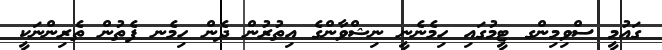
ގައުމީ ސްވިމިންގ ޓީމުގައި ހިމެނެނީ ނިޝްވާންގެ އިތުރުން ދެން ހިމެނ ފެތުން ތެރިންނަކީ